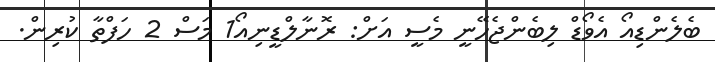
ބެލެންޑިއޯ އެވޯޑް ލިބެންޖެހޭނީ މެސީ އަށް: ރޮނާލްޑީނިއޯ1 މަސް 2 ހަފްތާ ކުރިން.